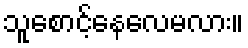
သူစောင့်နေလေမလား။